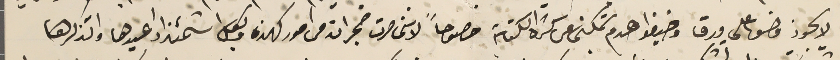
لا يجوز وضعها على ورق وضيفو عدم تمكنى عل كثرة الكتابة خصوصاً لانى صرت ضجران من امو كهذه وبكل اشمئزاز اعيدها واتذكرها